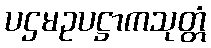
ပဌမဥပဋ္ဌာကသုတ္တံ